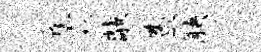
阜稼敲查觖